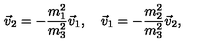
\vec { v } _ { 2 } = - \frac { m _ { 1 } ^ { 2 } } { m _ { 3 } ^ { 2 } } \vec { v } _ { 1 } , \quad \vec { v } _ { 1 } = - \frac { m _ { 2 } ^ { 2 } } { m _ { 3 } ^ { 2 } } \vec { v } _ { 2 } ,